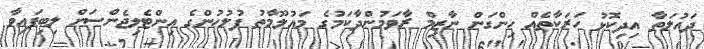
ދައުލަތާ އިދިކޮޅު ހަރަކާތެއް ހިންގަން ނާޒިމް ރާވަމުންދާކަމުގެ މައުލޫމާތު ފުލުހުންގެ އިންޓެލިޖެންސަށް ލިބިފައިވާ